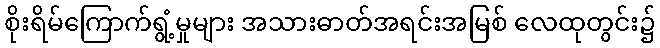
စိုးရိမ်ကြောက်ရွံ့မှုများ အသားဓာတ်အရင်းအမြစ် လေထုတွင်း၌